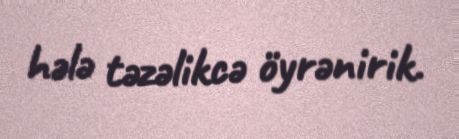
hələ təzəlikcə öyrənirik.